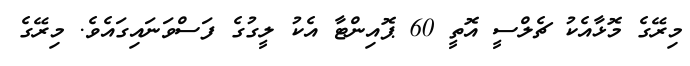
މިރޭގެ މޮޅާއެކު ޗެލްސީ އޮތީ 60 ޕޮއިންޓާ އެކު ލީގުގެ ފަސްވަނައިގައެވެ. މިރޭގެ